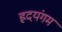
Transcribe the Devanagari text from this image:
ह्रदयंगम